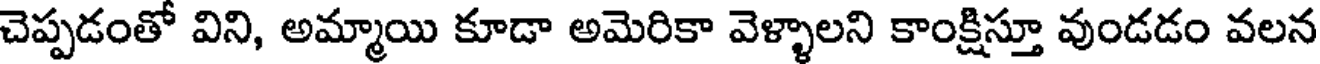
చెప్పడంతో విని, అమ్మాయి కూడా అమెరికా వెళ్ళాలని కాంక్షిస్తూ వుండడం వలన